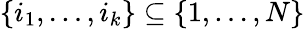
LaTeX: \{ i_{1},\ldots,i_{k}\} \subseteq\{ 1,\ldots,N\}